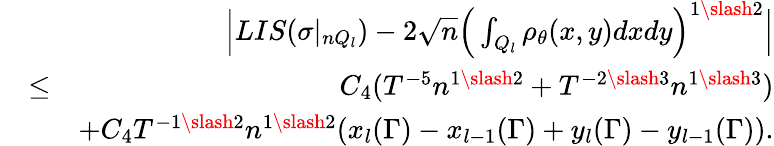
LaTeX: \begin{array}{rlr}&{}&{\Big|LIS(\sigma|_{nQ_{l}})-2\sqrt{n}\Big(\int_{Q_{l}}\rho_{\theta}(x,y)dxdy\Big)^{1\slash 2}\Big|}\\ &{\leq}&{C_{4}(T^{-5}n^{1\slash 2}+T^{-2\slash 3}n^{1\slash 3})}\\ &{}&{+C_{4}T^{-1\slash 2}n^{1\slash 2}(x_{l}(\Gamma)-x_{l-1}(\Gamma)+y_{l}(\Gamma)-y_{l-1}(\Gamma)).}\end{array}